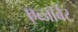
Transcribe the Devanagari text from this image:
एब्जॉर्बर